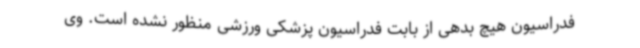
فدراسیون هیچ بدهی از بابت فدراسیون پزشکی ورزشی منظور نشده است. وی